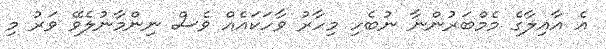
އެ އާއިލާގެ މެމްބަރުންނާ ނުބެހި މިހާރު ވާހަކައެއް ވެސް ނިންމާނުލެވޭ ވަރު މި